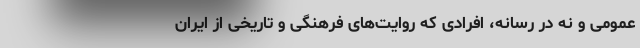
عمومی و نه در رسانه، افرادی که روایت‌های فرهنگی و تاریخی از ایران